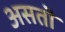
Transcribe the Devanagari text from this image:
असतॊ